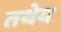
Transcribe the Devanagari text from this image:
तथेय